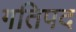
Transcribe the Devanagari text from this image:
गतिपद